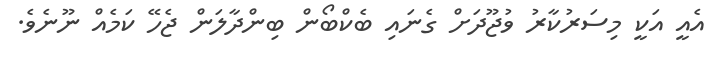
އެއީ އަކީ މިސަރުކާރު ވުޖޫދަށް ގެނައި ބެކްބޯން ބިންދާލަން ޖެހޭ ކަމެއް ނޫނެވެ.